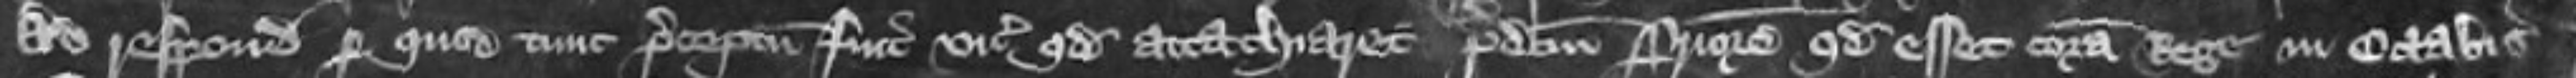
ad respondendum per quod tunc preceptum fuit vicecomiti quod attachiaret predictum priorem quod esset coram rege in Octabis